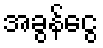
အခွန်ငွေ